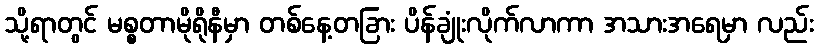
သို့ရာတွင် မစ္စတာမိုရိုနီမှာ တစ်နေ့တခြား ပိန်ချုံးလိုက်လာကာ အသားအရေမှာ လည်း